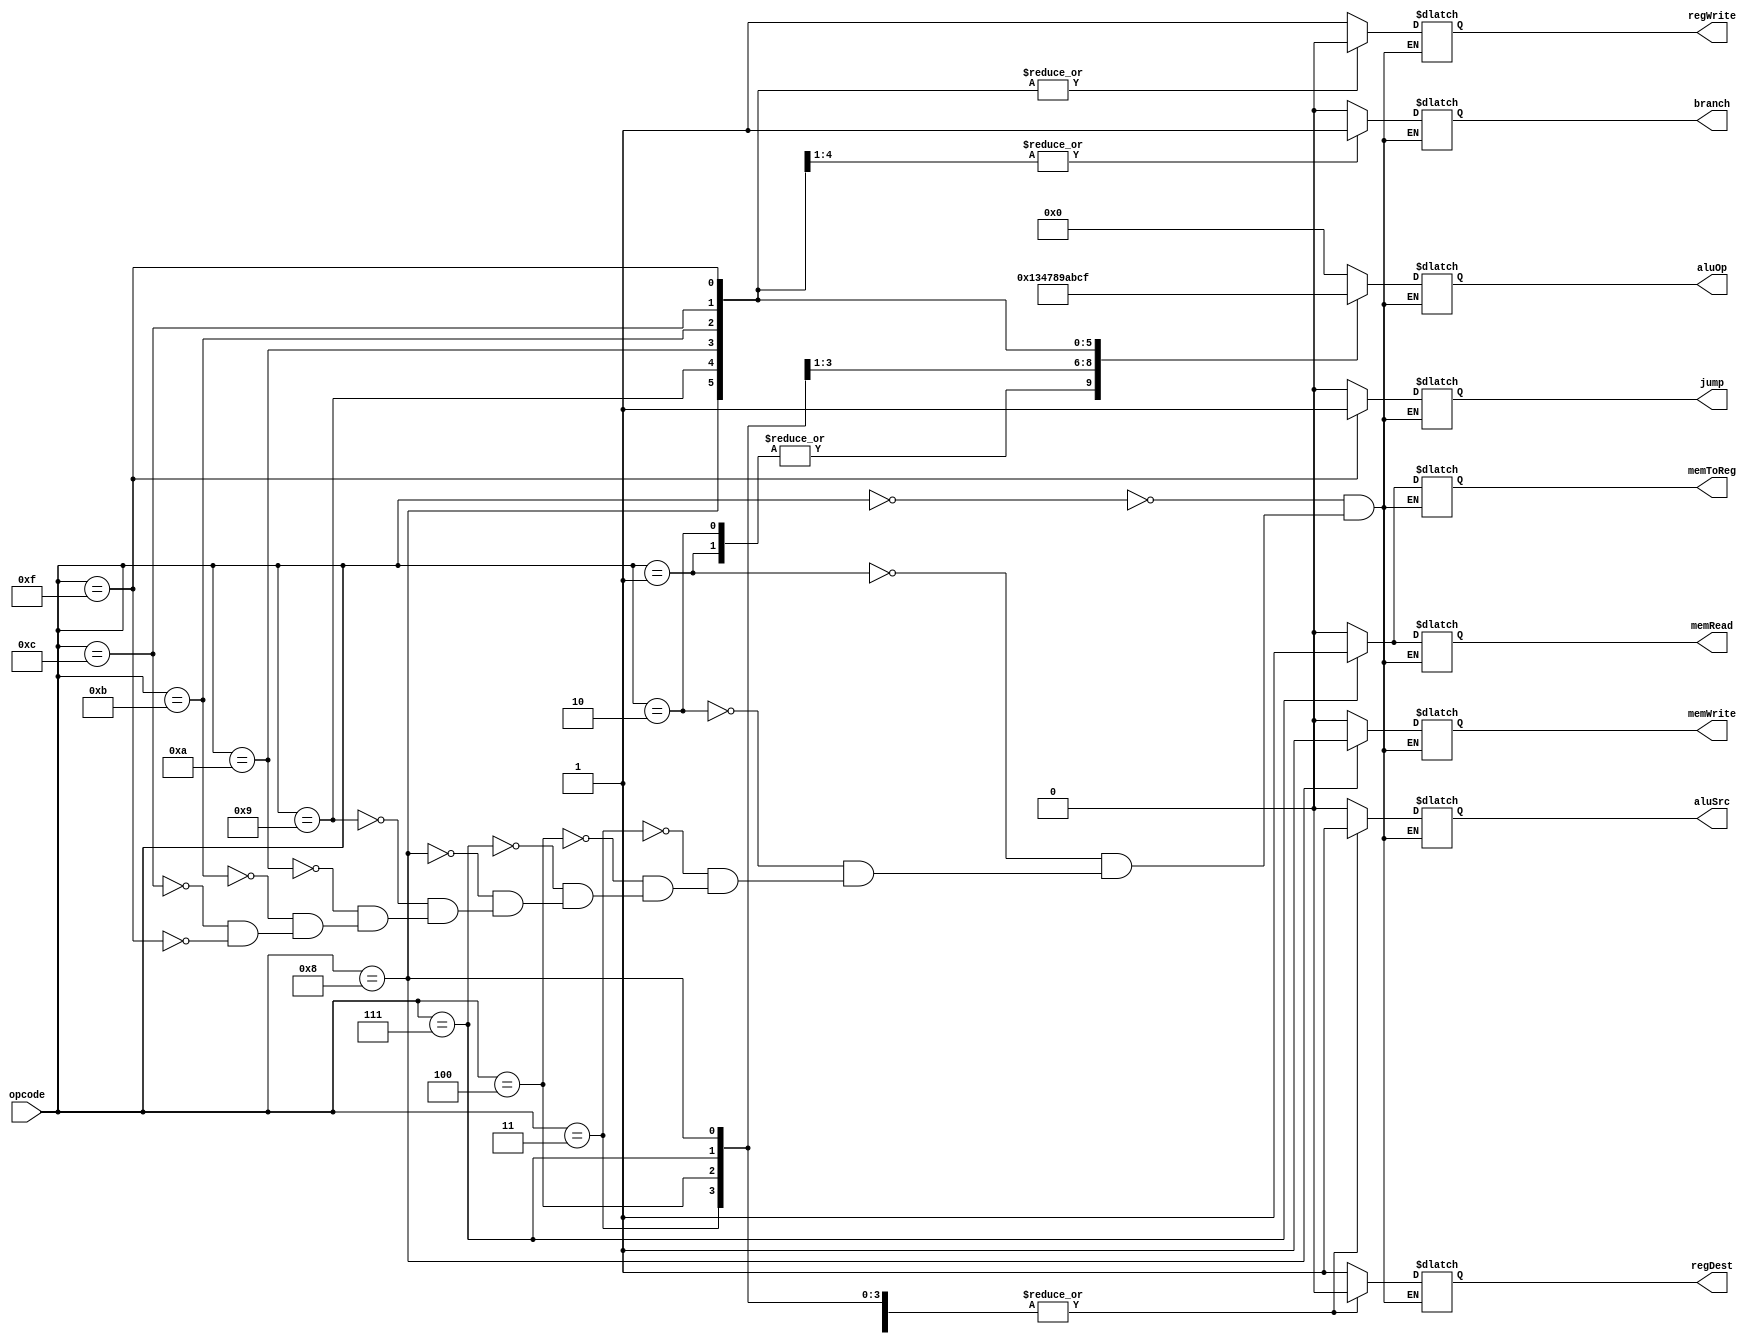
module Control (input[3:0] opcode,output jump,regDest,branch,memRead,memToReg,memWrite,aluSrc,regWrite ,output[3:0] aluOp);
  reg jump1,regDest1,branch1,memRead1,memToReg1,memWrite1,aluSrc1,regWrite1;
  reg[3:0]aluOp1;
  
  always@(*)begin
    case(opcode)
    4'b0000: begin // R-type 
     jump1 = 0;
     regDest1 = 1;
     branch1 = 0;
     memRead1 = 0;
     memWrite1 =0;
     memToReg1 = 0;
     aluSrc1 = 0;
     regWrite1 = 1;
     aluOp1 = 4'b0000;
    end
    4'b0001 : begin// addi
      jump1 = 0;
     regDest1 = 0;
     branch1 = 0;
     memRead1 = 0;
     memWrite1 =0;
     memToReg1 = 0;
     aluSrc1 = 1;
     regWrite1 = 1;
     aluOp1 = 4'b0001;
    end
    4'b0010 : begin//andi
     jump1 = 0;
     regDest1 = 0;
     branch1 = 0;
     memRead1 = 0;
     memWrite1 =0;
     memToReg1 = 0;
     aluSrc1 = 1;
     regWrite1 = 1;
     aluOp1 = 4'b001;
    
    end
    4'b0011 : begin//ori
     jump1 = 0;
     regDest1 = 0;
     branch1 = 0;
     memRead1 = 0;
     memWrite1 =0;
     memToReg1 = 0;
     aluSrc1 = 1;
     regWrite1 = 1;
     aluOp1 = 4'b0011;
    
    end
    4'b0100 : begin//subi
     jump1 = 0;
     regDest1 = 0;
     branch1 = 0;
     memRead1 = 0;
     memWrite1 =0;
     memToReg1 = 0;
     aluSrc1 = 1;
     regWrite1 = 1;
     aluOp1 = 4'b0100;
    
    end
    4'b0111 : begin//lhw
     jump1 = 0;
     regDest1 = 0;
     branch1 = 0;
     memRead1 = 1;
     memWrite1 =0;
     memToReg1 = 1;
     aluSrc1 = 1;
     regWrite1 = 1;
     aluOp1 = 4'b0111;
    end
    
    4'b1000 : begin//shw
     jump1 = 0;
     regDest1 = 0;
     branch1 = 0;
     memRead1 = 0;
     memWrite1 =1;
     memToReg1 = 1'bx;
     aluSrc1 = 1;
     regWrite1 = 0;
     aluOp1 = 4'b1000;
    end
    
    4'b1001 : begin//beq
     jump1 = 0;
     regDest1 = 1'bx;
     branch1 = 1;
     memRead1 = 0;
     memWrite1 =0;
     memToReg1 = 1'bx;
     aluSrc1 = 0;
     regWrite1 = 0;
     aluOp1 = 4'b1001;
    end
    
    4'b1010 : begin//bne
     jump1 = 0;
     regDest1 = 1'bx;
     branch1 = 1;
     memRead1 = 0;
     memWrite1 =0;
     memToReg1 = 1'bx;
     aluSrc1 = 0;
     regWrite1 = 0;
     aluOp1 = 4'b1010;
    end
    
    4'b1011 : begin//blt
     jump1 = 0;
     regDest1 = 1'bx;
     branch1 = 1;
     memRead1 = 0;
     memWrite1 =0;
     memToReg1 = 1'bx;
     aluSrc1 = 0;
     regWrite1 = 0;
     aluOp1 = 4'b1011;
    end
    
    4'b1100 : begin//bgt
     jump1 = 0;
     regDest1 = 1'bx;
     branch1 = 1;
     memRead1 = 0;
     memWrite1 =0;
     memToReg1 = 1'bx;
     aluSrc1 = 0;
     regWrite1 = 0;
     aluOp1 = 4'b1100;
    end
    
    4'b1111 : begin//jump
     jump1 = 1;
     regDest1 = 1'bx;
     branch1 = 0;
     memRead1 = 0;
     memWrite1 =0;
     memToReg1 = 1'bx;
     aluSrc1 = 1'bx;
     regWrite1 = 0;
     aluOp1 = 4'b1111;
    end
    
  endcase
  end
  assign jump = jump1;
  assign regDest= regDest1;
  assign branch = branch1;
  assign memRead = memRead1;
  assign memToReg = memToReg1;
  assign memWrite = memWrite1;
  assign aluSrc = aluSrc1;
  assign regWrite = regWrite1;
  assign aluOp = aluOp1;
endmodule